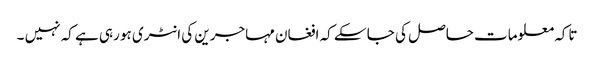
تاکہ معلومات حاصل کی جا سکے کہ افغان مہاجرین کی انٹری ہو رہی ہے کہ نہیں ۔